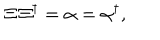
LaTeX: \Xi \, \Xi ^ { \dagger } = \alpha = \alpha ^ { \dagger } ,